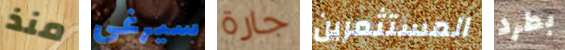
منذ سيرغي جارة المستثمرين بطرد